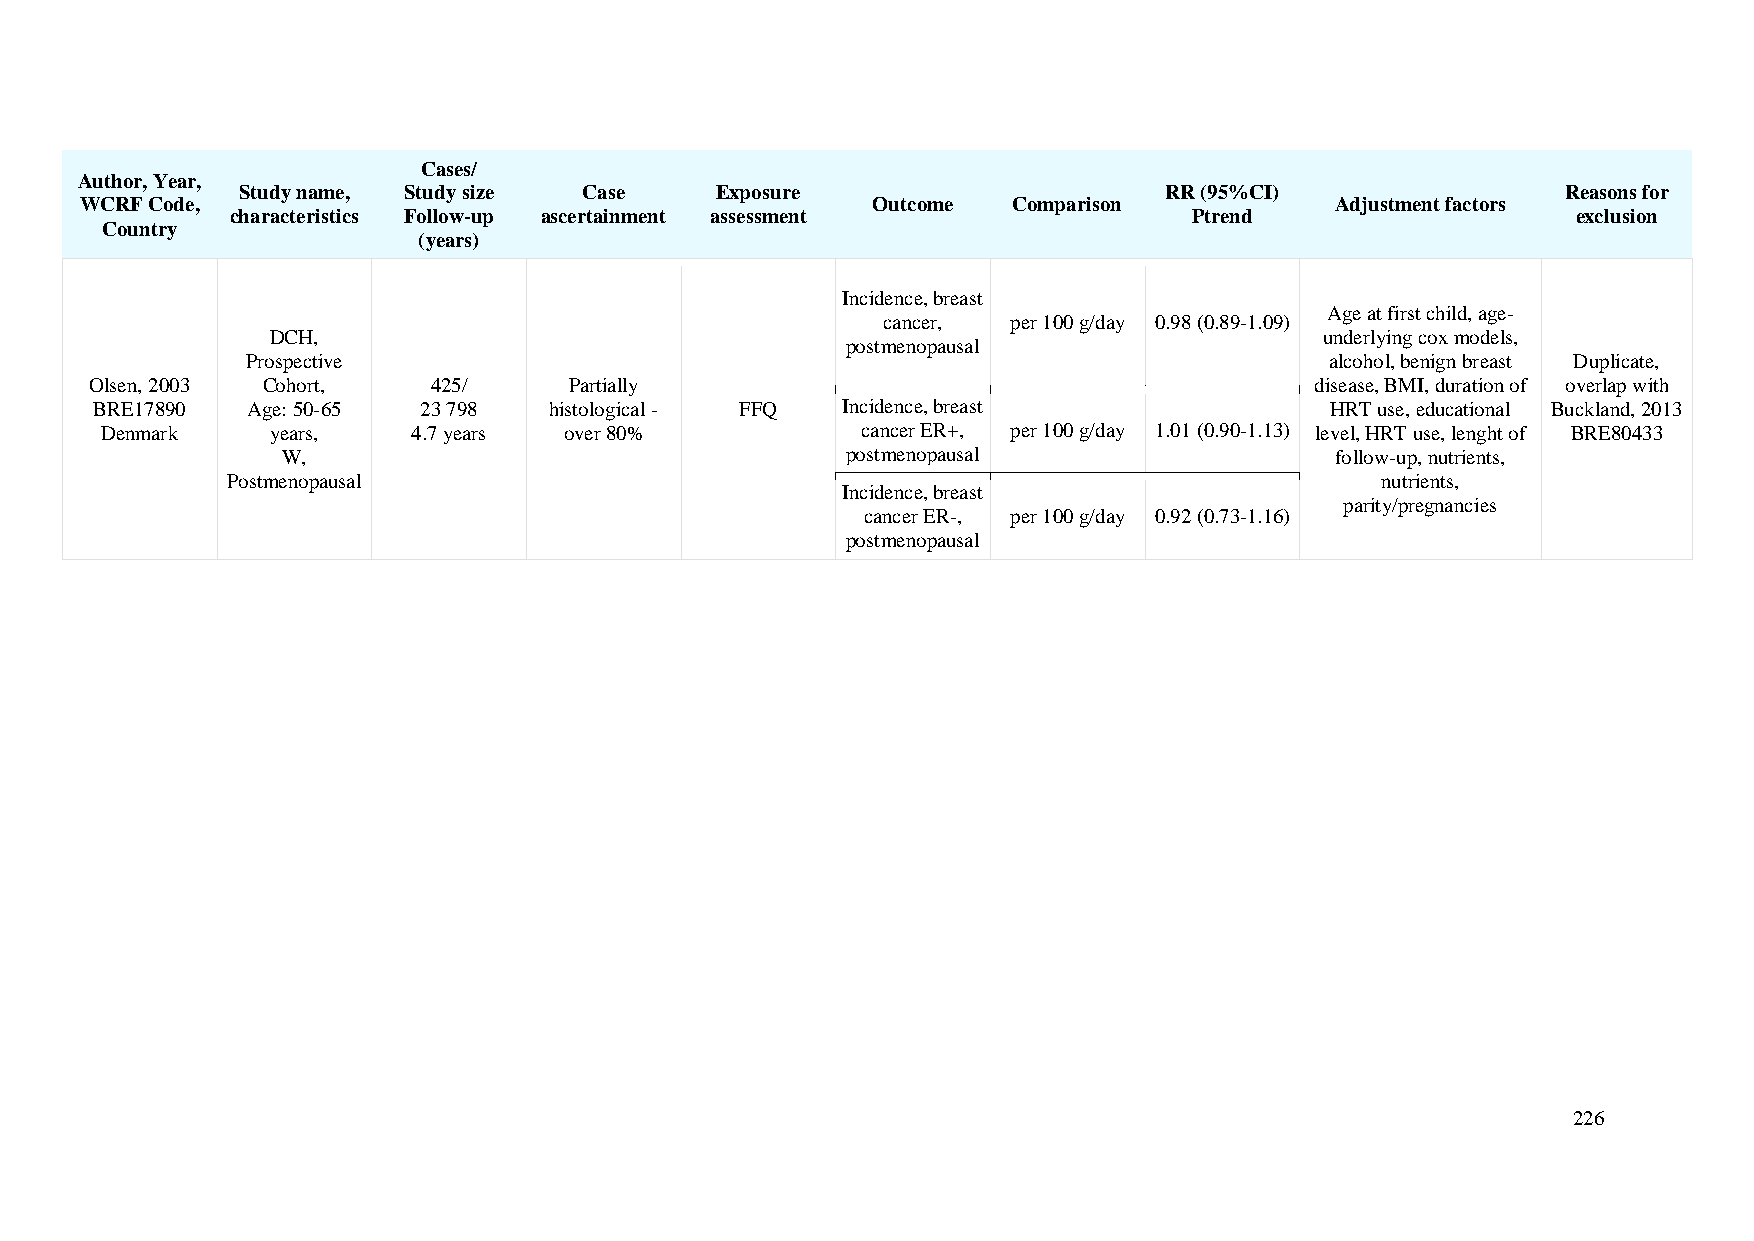
Cases/
 Author, Year,
 Study name, Study size Case    Exposure                      RR (95%CI)                 Reasons for
 WCRF Code,                                           Outcome  Comparison           Adjustment factors
 characteristics Follow-up ascertainment assessment              Ptrend                   exclusion
 Country
 (years)
 Incidence, breast
 Age at first child, age-
 cancer,  per 100 g/day 0.98 (0.89-1.09)
 DCH,                                                                  underlying cox models,
 postmenopausal
 Prospective                                                             alcohol, benign breast Duplicate,
 Olsen, 2003 Cohort,    425/     Partially                                        disease, BMI, duration of overlap with
 BRE17890  Age: 50-65  23 798  histological - FFQ  Incidence, breast               HRT use, educational Buckland, 2013
 Denmark    years,   4.7 years over 80%            cancer ER+, per 100 g/day 1.01 (0.90-1.13) level, HRT use, lenght of BRE80433
 W,                                   postmenopausal                  follow-up, nutrients,
 Postmenopausal                                                              nutrients,
 Incidence, breast
 parity/pregnancies
 cancer ER-, per 100 g/day 0.92 (0.73-1.16)
 postmenopausal
 226